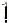
1